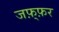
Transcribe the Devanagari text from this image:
जफ़्फ़र